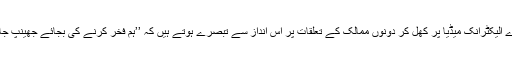
ہمارے الیکٹرانک میڈیا پر کھل کر دونوں ممالک کے تعلقات پر اس انداز سے تبصرے ہوتے ہیں کہ ’’ہم فخر کرنے کی بجائے جھینپ جائیں‘‘۔